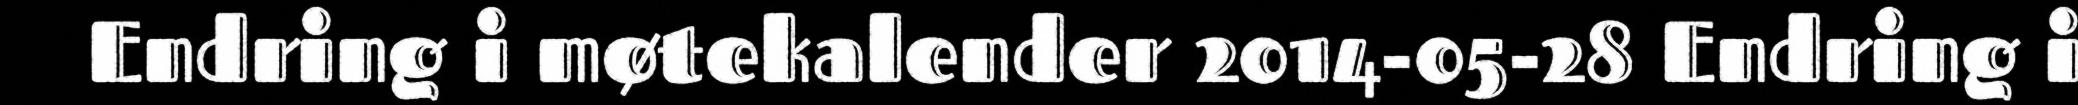
Endring i møtekalender 2014-05-28 Endring i